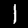
Label: 1